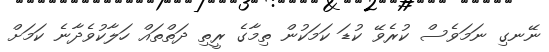
ނޭނގި ނަމަވެސް ކުރެވޭ ކުޑަ ކަމަކުން ތިމާގެ ރީތި ދަތްތައް ހަލާކުވެދާނެ ކަމަށް